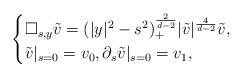
LaTeX: \begin{align*} \begin{cases}\square_{s,y} \tilde{v} = (|y|^2 - s^2)_+^\frac{2}{d-2} |\tilde{v}|^{\frac{4}{d-2}} \tilde{v}, \\\tilde{v}|_{s = 0} = v_0, \partial_s \tilde{v}|_{s=0} = v_1,\end{cases}\end{align*}